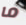
ما